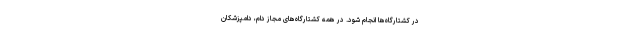
در کشتارگاه‌ها انجام شود. در همه کشتارگاه‌های مجاز دام، دامپزشکان